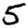
Digit: 5